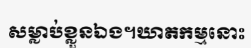
សម្លាប់ខ្លួនឯង។ឃាតកម្មនោះ